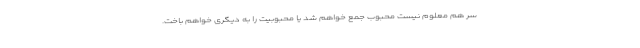
سر هم معلوم نیست محبوب جمع خواهم شد یا محبوبیت را به دیگری خواهم باخت.